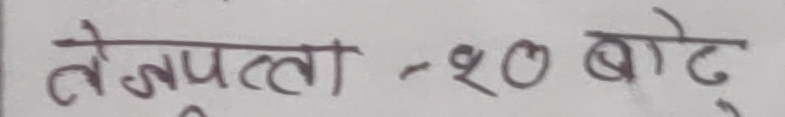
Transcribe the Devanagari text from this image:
तेजपत्ता - २० बोट